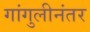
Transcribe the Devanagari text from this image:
गांगुलीनंतर